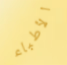
الأطباء